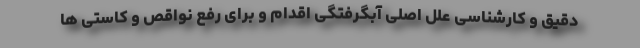
دقیق و کارشناسی علل اصلی آبگرفتگی اقدام و برای رفع نواقص و کاستی ها